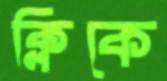
ক্লিকে